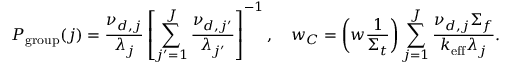
P _ { \mathrm { g r o u p } } ( j ) = \frac { \nu _ { d , j } } { \lambda _ { j } } \left[ \sum _ { j ^ { \prime } = 1 } ^ { J } \frac { \nu _ { d , j ^ { \prime } } } { \lambda _ { j ^ { \prime } } } \right] ^ { - 1 } , \quad w _ { C } = \left( w \frac { 1 } { \Sigma _ { t } } \right) \sum _ { j = 1 } ^ { J } \frac { \nu _ { d , j } \Sigma _ { f } } { k _ { \mathrm { e f f } } \lambda _ { j } } .